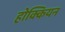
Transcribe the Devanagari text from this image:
होक्कियन